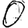
Digit: 0